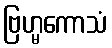
ဗြဟ္မကောသံ